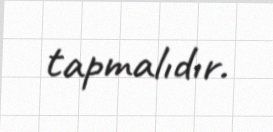
tapmalıdır.